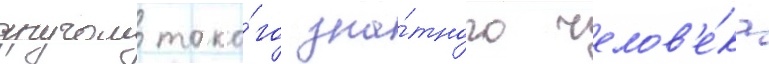
другом тако́го зна́тного челов'е́ка